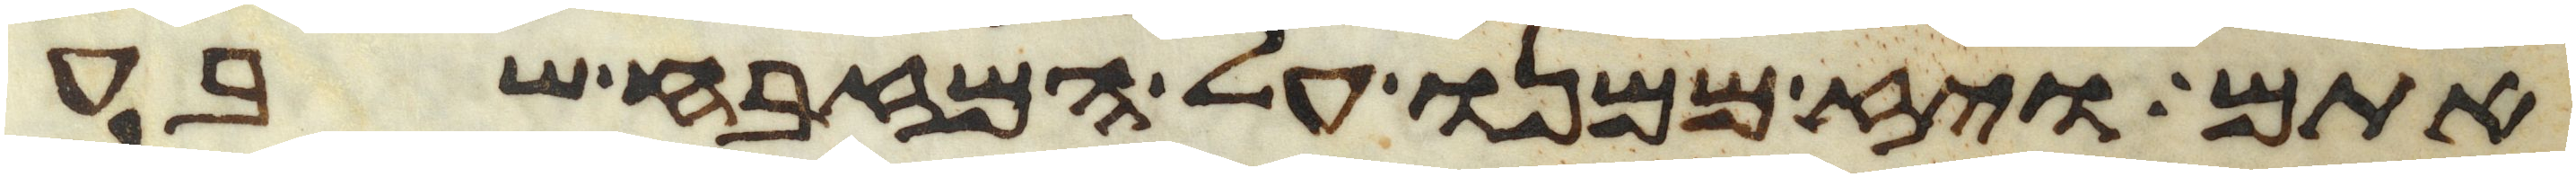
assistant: אתם ויז ממנו על המזבח שבע